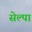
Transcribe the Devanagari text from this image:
सेल्पा